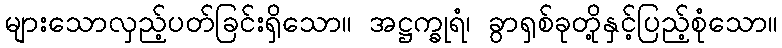
များသောလှည့်ပတ်ခြင်းရှိသော။ အဋ္ဌက္ခုရံ၊ ခွာရှစ်ခုတို့နှင့်ပြည့်စုံသော။